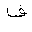
Letter: _fa